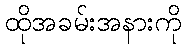
ထိုအခမ်းအနားကို